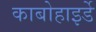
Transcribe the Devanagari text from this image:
काबोहाइर्डे